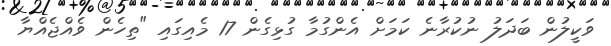
ވަކީލުން ބަދަލު ނުކުރާނެ ކަމަށް އެންގުމާ ގުޅިގެން 17 މެއިގައި "ތިހެން ވެއްޖެއްޔާ